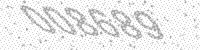
Solution: 008689